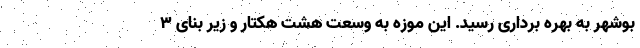
بوشهر به بهره برداری رسید. این موزه به وسعت هشت هکتار و زیر بنای ۳